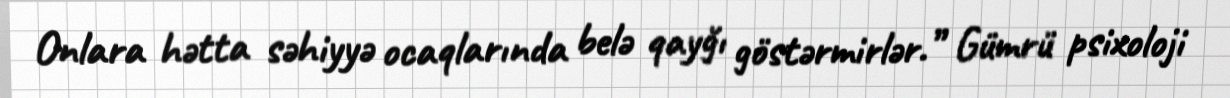
Onlara hətta səhiyyə ocaqlarında belə qayğı göstərmirlər.” Gümrü psixoloji